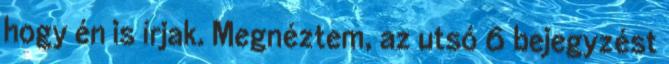
hogy én is írjak. Megnéztem, az utsó 6 bejegyzést